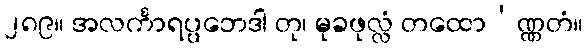
၂၈၉။ အလင်္ကာရပ္ပဘေဒါ တု၊ မုခဖုလ္လံ တထော’ဏ္ဏတံ။